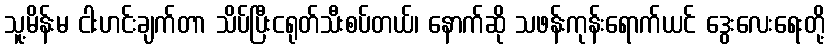
သူ့မိန်းမ ငါးဟင်းချက်တာ သိပ်ပြီးငရုတ်သီးစပ်တယ်၊ နောက်ဆို သဖန်းကုန်းရောက်ယင် ဒွေးလေးရေးတို့